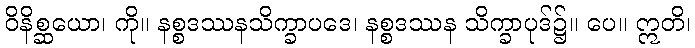
ဝိနိစ္ဆယော၊ ကို။ နစ္စဒဿနသိက္ခာပဒေ၊ နစ္စဒဿန သိက္ခာပုဒ်၌။ ပေ။ ဣတိ၊